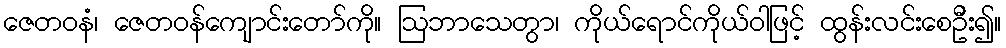
ဇေတဝနံ၊ ဇေတဝန်ကျောင်းတော်ကို။ ဩဘာသေတွာ၊ ကိုယ်ရောင်ကိုယ်ဝါဖြင့် ထွန်းလင်းစေဦး၍။